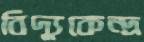
বিদ্যুকেন্দ্র